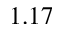
1 . 1 7